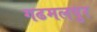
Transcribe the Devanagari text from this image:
गढमलपुर